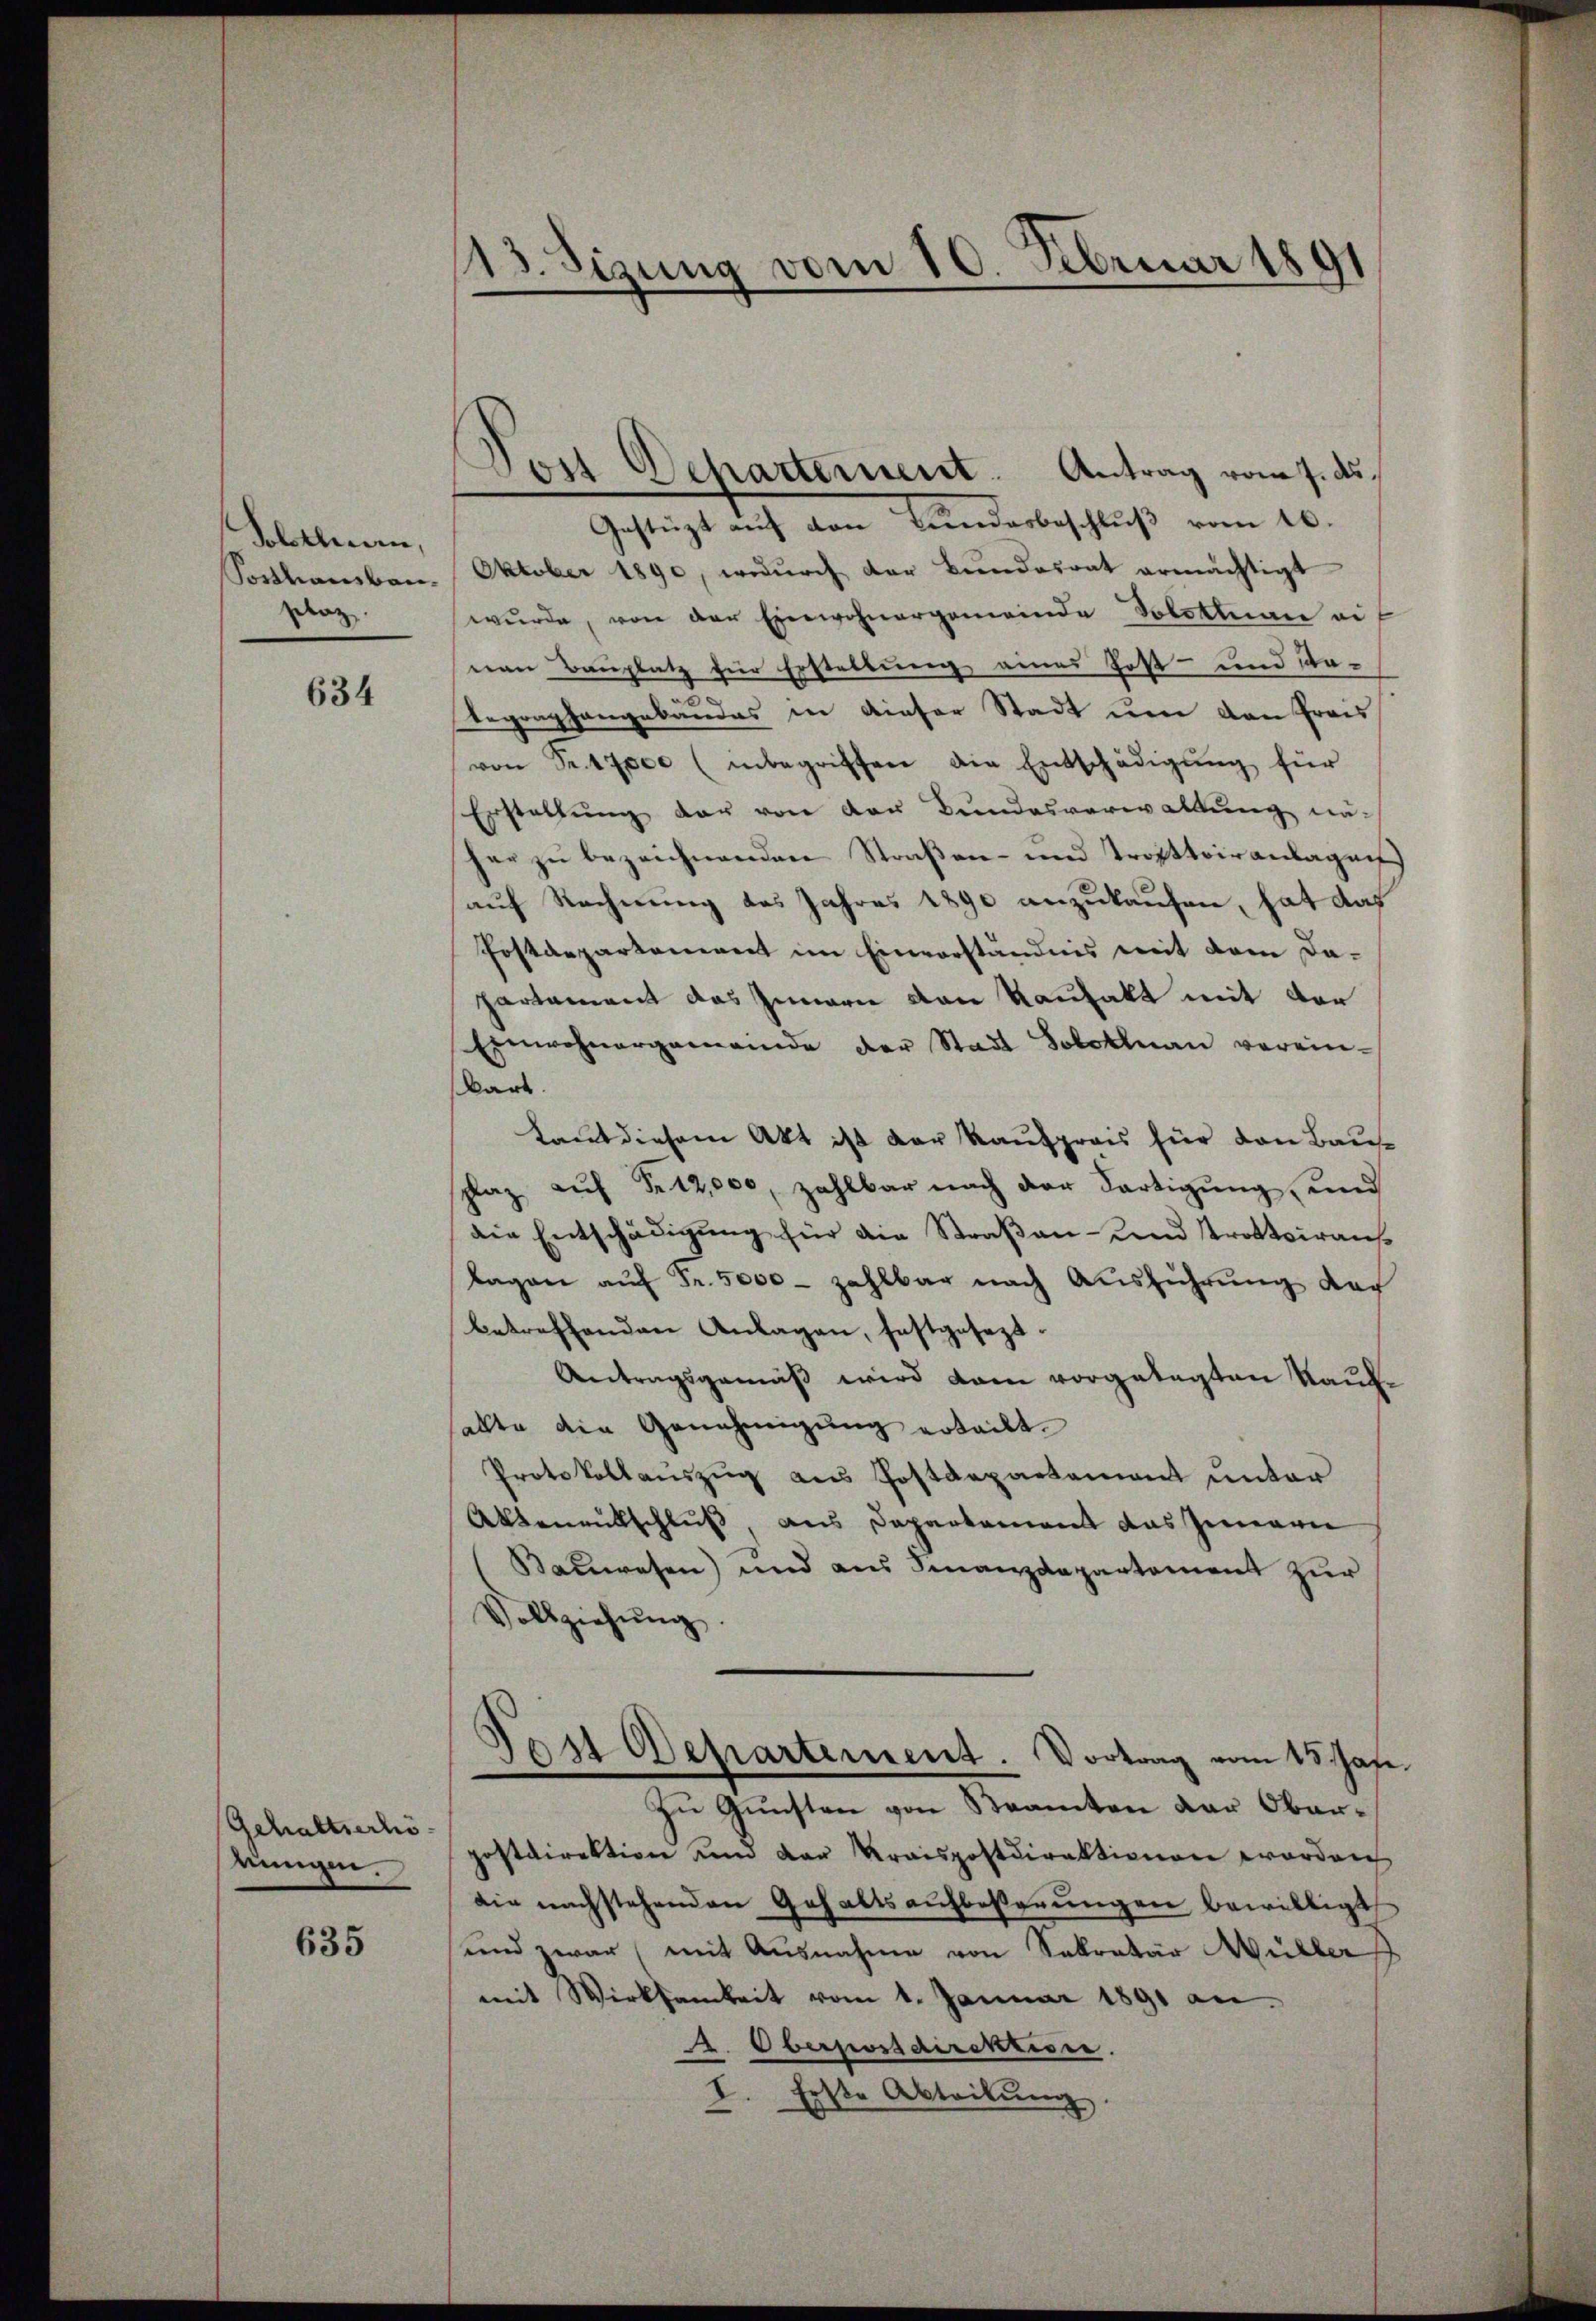
Solothurn,
pelaz

634

Gehaltserhörungen.

635

113. Sizung vom 10. Februar 1891

Gestüzt auf den Bundesbeschluß vom 16.
Sosthamben, Oktober 1890, wodurch der Bundesrat ermächtigt
wŭrde, von der Einwohnergemeinde Solotenan eif
ean Bauplatz für Erstellung eines Post- und da-
egraphengebäudes in dieser Stadt um den Praes
von Sr. 17000 (inbegriffen die Entschädigŭng für
Erstellung der von der Bundesverwaltung näher zu bezeichnenden Straßen- und Trottoiranlagen
auf Rechnung des Jahres 1890 anzukaufen, hat das
Postdepartement im Einverständnis mit dem Dapartement das Innern von Kaufakt mit der
Einwohnergemeinde der Stadt Solottnau verein-
kart
Laut diesem Akt ist der Kaufpreis für den Bausplaz auf Fr. 12,000, zahlbar nach der Fertigung und
die Entschädigung für die Straßen- und Strottoirantlagen aŭf Fr. 5000 - zahlbar nach Ausführung der
betreffenden Anlagen, festgesezt.
Antragsgemäß wird dam vorgelegten Kaufhallte die Genehmigung erteilt.
Protokollaŭszŭg aŭs Postdepartement ŭnter
Altenentschluß, aus Departement das Innern
Bauwesen) und aus Finanzdepartement zur
Vollziehŭng.
.
os Departement. Vortrag vom 15. Jan.
Zŭ Gŭnsten von Beamten der Ober-
postdirektion und der Kraispostdirektionen worden
die nachstehenden Gehaltsaufbesserŭngen bewilligt
und zwar (mit Ausnahme von Sokrator Müller
mit Wirksamkeit vom 1. Januar 1891 an
A. Oberpossdirektion.
I. Erste Abteilung

Dor Departement. Antrag vom 7. ds.